King Institute of Preventive Medicine Micro-Biological Section reports 1909-11
Year: 1909
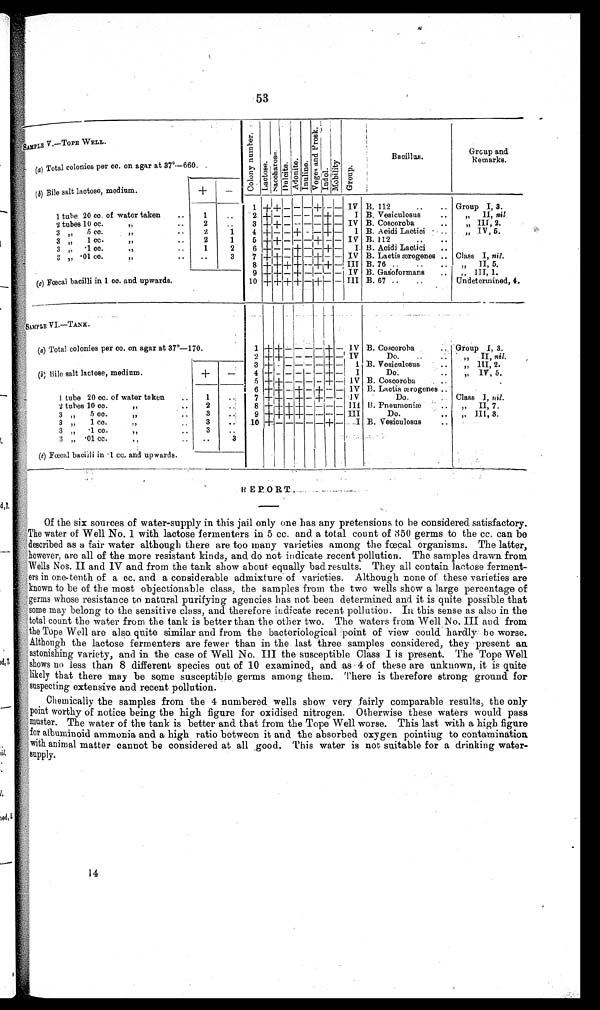
53
SAMPLE V.—TOPE WELL.
C o l o n y n u m b e r .
L a c t o s e .
S a c c h a r o s e .
D u n l i t e .
A d o n i t e .
I n u l i n e .
V o g e s a n d P r o s k .
Indol. M o b i l i t y . G r o u p .
Bacillus.
Grcup and
Remarks.
(a ) Total colonies per cc. on agar at 37°—660.
( b) Bile salt lactose, medium.
+
-
1 + + _
-
-
-
+
- -
IV B. 112
..
.. Group I, 3.
1 tube 20 cc. of water taken
..
1
..
2 + - - - -
-
+ - I B. Vesiculosus
..
„ II, nil
2 tubes 10 cc.
" ..
2
..
3 + + - - -
-
+ - IV B. Coscoroba
..
„ III, 2.
3 ,, 5 cc. " ••
2
1
4 + - - +
-
- + -
I B. Acidi Lactici
" IV, 5.
3 „ 1 cc.
" ..
2
1
5 + + - -
-
+ - - IV B. 112
..
• •
3 „ •1 cc.
,,
..
1
2
6 + - - + -
-
+ - I. B. Acidi Lactici ..
3 „ •01 cc.
" ..
..
3
7 + + - +
-
+ - - IV B. Lactis ærogenes .. Class I, nil.
8 + + + +
-
+ + - III B. 76 ..
..
.. . II, 5.
"
9 + + - +
-
-
-
- IV B. Gasoformans , .
" I I I , 1 .
(c ) Fœcal bacilli in 1 cc. and upwards.
10 + + +
+
- +
-
- III B. 67 ..
..
Undetermined, 4.
S A M P L E V I . — T A N K .
(a ) Total colonies per cc. on agar at 37°—170.
1
+
+ -
- - -
+ - IV B. Coscoroba
Group 1, 3.
2 + +
- - - -
+
-
IV
Do.
..
. •
" I I ,
n i l .
, .
3 + - - - - - + -
I B. Vesiculosus
" I I I , 2 .
(b ) Bile salt lactose, medium.
+
-
4 +
-
- - - - + - I
Do:
• • " IV, 5.
5 + + - - - - + - IV B. Coscoroba
6 + + - + - + - - IV B. Lactis ærogenes ..
1 tube 20 cc. of water taken
•
1
. .
7 + +
-
+
-
+
- -
IV
Do.
. Class I, n i l .
2 tubes 10 cc.
"
2
. .
8 + + + +
-
- - - III B. Pneumoniæ
" II, 7.
3 ,", 5 cc.
"..
3
•.:
9 + + + + - - - - III
Do.
• . „" III, 3.
3
. .
1 0 +
- -
- - + - I B. Vesiculosus
..
3 " 1 cc. " ..
3 „ •1 cc.
,,
..
3
. .
3 " •01 cc. " ••
••
3
(c) Fœcal bacilli in •1 cc and upwards.
•
REPORT
Of the six sources of water-supply in this jail only one has any pretensions to be considered satisfactory.
The water of Well No. 1 with lactose fermenters in 5 cc. and a total count of 350 germs to the cc. can be
described as a fair water although there are too many varieties among the fœcal organisms. The latter,
however, are all of the more resistant kinds, and do not indicate recent pollution. The samples drawn from
Wells Nos. II and IV and from the tank show about equally bad results. They all contain lactose ferment-
ers in one-tenth of a cc. and a considerable admixture of varieties. Although none of these varieties are
known to be of the most objectionable class, the samples from the two wells show a large percentage of
germs whose resistance to natural purifying agencies has not been determined and it is quite possible that
some may belong to the sensitive class, and therefore indicate recent pollution. In this sense as also in the
total count the water from the tank is better than the other two. The waters from Well No. III and from.
the Tope Well are also quite similar and from the bacteriological. point of view could hardly be worse.
Although the lactose fermenters are fewer than in the last three samples considered, they present an
astonishing variety, and in the case of Well No. III the susceptible Class I is present. The Tope Well
shows no less than 8 .different species out of 10 examined, and as 4 of these are unknown, it is quite
likely that there may be some susceptible germs among them. There is therefore strong ground for
suspecting extensive and recent pollution.
Chemically the samples from the 4 numbered wells show very fairly comparable results, the only
point worthy of notice being the high figure for oxidised nitrogen. Otherwise these waters would pass
muster. The water of the tank is better and that from the Tope Well worse. This last with a high figure
for albuminoid ammonia and a high ratio between it and the absorbed oxygen pointing to contamination
with animal matter cannot be considered at all good. This water is not suitable for a drinking water-
supply.
14